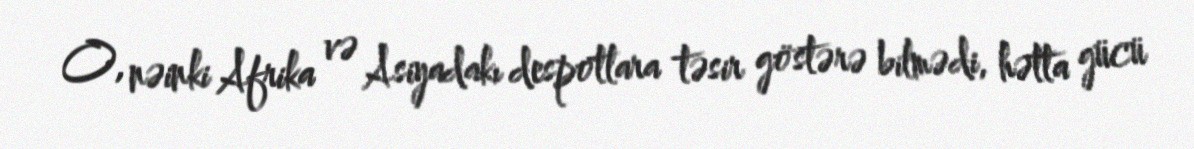
O, nəinki Afrika və Asiyadakı despotlara təsir göstərə bilmədi, hətta gücü